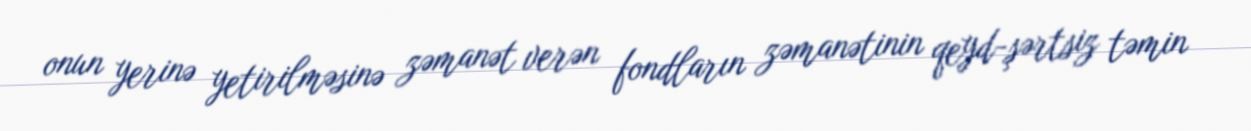
onun yerinə yetirilməsinə zəmanət verən fondların zəmanətinin qeyd-şərtsiz təmin